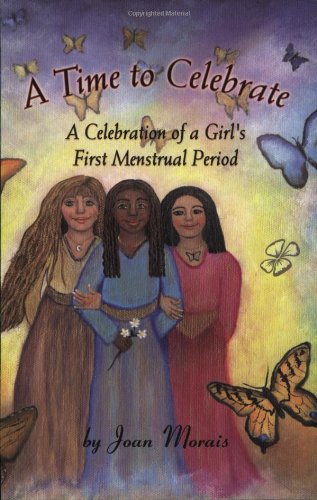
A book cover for A Time to Celebrate: A Celebration of a Girl's First Menstrual Period; Joan Morais; Teen & Young Adult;